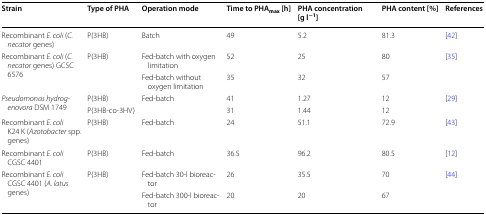
<table><thead><tr><td><b>Strain</b></td><td><b>Type of PHA</b></td><td><b>Operation mode</b></td><td><b>Time to PHA<sub>max</sub> [h]</b></td><td><b>PHA concentration [g l<sup>−1</sup>]</b></td><td><b>PHA content [%]</b></td><td><b>References</b></td></tr></thead><tbody><tr><td>Recombinant <i>E. coli</i> (<i>C. necator</i> genes)</td><td>P(3HB)</td><td>Batch</td><td>49</td><td>5.2</td><td>81.3</td><td>[42]</td></tr><tr><td rowspan="2">Recombinant <i>E. coli</i> (<i>C. necator</i> genes) GCSC 6576</td><td rowspan="2">P(3HB)</td><td>Fed-batch with oxygen limitation</td><td>52</td><td>25</td><td>80</td><td rowspan="2">[35]</td></tr><tr><td>Fed-batch without oxygen limitation</td><td>35</td><td>32</td><td>57</td></tr><tr><td rowspan="2"><i>Pseudomonas hydrogenovora</i> DSM 1749</td><td>P(3HB)</td><td rowspan="2">Fed-batch</td><td>41</td><td>1.27</td><td>12</td><td rowspan="2">[29]</td></tr><tr><td>P(3HB-co-3HV)</td><td>31</td><td>1.44</td><td>12</td></tr><tr><td>Recombinant <i>E. coli</i> K24 K (<i>Azotobacter</i> spp. genes)</td><td>P(3HB)</td><td>Fed-batch</td><td>24</td><td>51.1</td><td>72.9</td><td>[43]</td></tr><tr><td>Recombinant <i>E. coli</i> CGSC 4401</td><td>P(3HB)</td><td>Fed-batch</td><td>36.5</td><td>96.2</td><td>80.5</td><td>[12]</td></tr><tr><td rowspan="2">Recombinant <i>E. coli</i> CGSC 4401 (<i>A. latus</i> genes)</td><td rowspan="2">P(3HB)</td><td>Fed-batch 30-l bioreactor</td><td>26</td><td>35.5</td><td>70</td><td rowspan="2">[44]</td></tr><tr><td>Fed-batch 300-l bioreactor</td><td>20</td><td>20</td><td>67</td></tr></tbody></table>